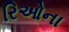
રિઓના